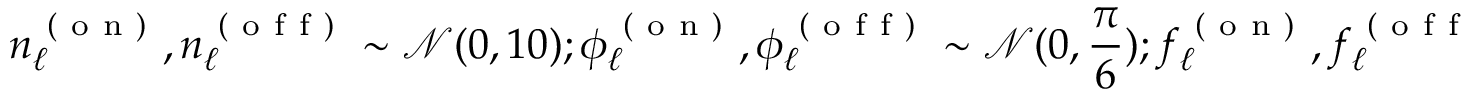
{ n _ { \ell } ^ { \mathrm { ~ ( ~ o ~ n ~ ) ~ } } , n _ { \ell } ^ { \mathrm { ~ ( ~ o ~ f ~ f ~ ) ~ } } \sim \mathcal { N } ( 0 , 1 0 ) ; \phi _ { \ell } ^ { \mathrm { ~ ( ~ o ~ n ~ ) ~ } } , \phi _ { \ell } ^ { \mathrm { ~ ( ~ o ~ f ~ f ~ ) ~ } } \sim \mathcal { N } ( 0 , \frac { \pi } { 6 } ) } ; \newline { { f _ { \ell } ^ { \mathrm { ~ ( ~ o ~ n ~ ) ~ } } , f _ { \ell } ^ { \mathrm { ~ ( ~ o ~ f ~ f ~ ) ~ } } \sim \mathcal { N } ( 0 , 2 0 ) ; \gamma _ { \ell } ^ { \mathrm { ~ ( ~ o ~ n ~ ) ~ } } , \gamma _ { \ell } ^ { \mathrm { ~ ( ~ o ~ f ~ f ~ ) ~ } } \sigma _ { \ell } ^ { \mathrm { ~ ( ~ o ~ n ~ ) ~ } } , \sigma _ { \ell } ^ { \mathrm { ~ ( ~ o ~ f ~ f ~ ) ~ } } \sim \mathcal { N } ( 1 , 1 0 ) } }